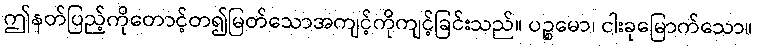
ဤနတ်ပြည့်ကိုတောင့်တ၍မြတ်သောအကျင့်ကိုကျင့်ခြင်းသည်။ ပဉ္စမော၊ ငါးခုမြောက်သော။